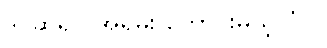
ဒါ ဆိုရင် အရမ်း ကောင်းမယ့် ပုံပဲ။